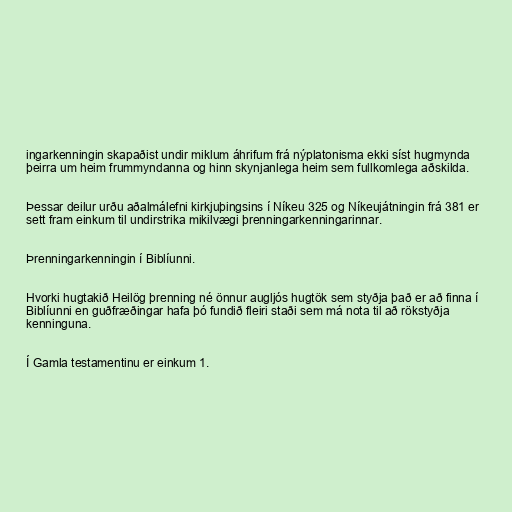
ingarkenningin skapaðist undir miklum áhrifum frá nýplatonisma ekki síst hugmynda
þeirra um heim frummyndanna og hinn skynjanlega heim sem fullkomlega aðskilda.

Þessar deilur urðu aðalmálefni kirkjuþingsins í Níkeu 325 og Níkeujátningin frá 381 er
sett fram einkum til undirstrika mikilvægi þrenningarkenningarinnar.

Þrenningarkenningin í Biblíunni.

Hvorki hugtakið Heilög þrenning né önnur augljós hugtök sem styðja það er að finna í
Biblíunni en guðfræðingar hafa þó fundið fleiri staði sem má nota til að rökstyðja
kenninguna.

Í Gamla testamentinu er einkum 1.